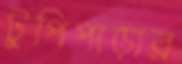
টুপিপাড়ার